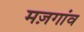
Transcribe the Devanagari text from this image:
मज़गांव